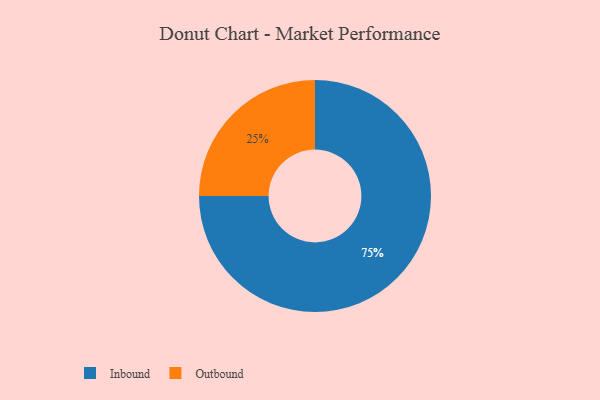
{"axis": {"x": "Category", "y": "Percentage"}, "legend": ["Inbound", "Outbound"], "data": [{"x": "Outbound", "y": 25, "type": "Outbound"}, {"x": "Inbound", "y": 75, "type": "Inbound"}]}